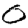
Digit: 0